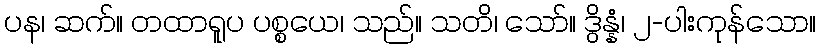
ပန၊ ဆက်။ တထာရူပ ပစ္စယေ၊ သည်။ သတိ၊ သော်။ ဒွိန္နံ၊ ၂-ပါးကုန်သော။